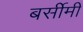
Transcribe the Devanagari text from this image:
बर्सीमी